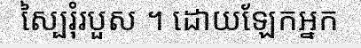
ស្បៃរុំរបួស ។ ដោយឡែកអ្នក